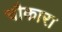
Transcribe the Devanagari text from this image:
चौकारा